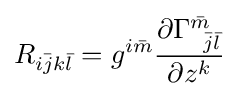
R_{i{\bar {j}}k{\bar {l}}}=g^{i{\bar {m}}}{\frac {\partial \Gamma _{\;\;{\bar {j}}{\bar {l}}}^{\bar {m}}}{\partial z^{k}}}